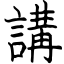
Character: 講